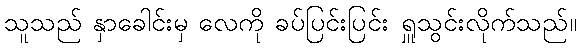
သူသည် နှာခေါင်းမှ လေကို ခပ်ပြင်းပြင်း ရှူသွင်းလိုက်သည်။